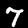
Digit: 7